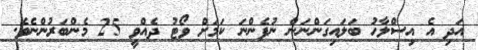
އަދި އެ އިސްލާހު ބަލައިގަންނަން ނުފެންނަ ކަމަށް ވޯޓު ދެއްވީ 25 މެންބަރުންނެވެ.